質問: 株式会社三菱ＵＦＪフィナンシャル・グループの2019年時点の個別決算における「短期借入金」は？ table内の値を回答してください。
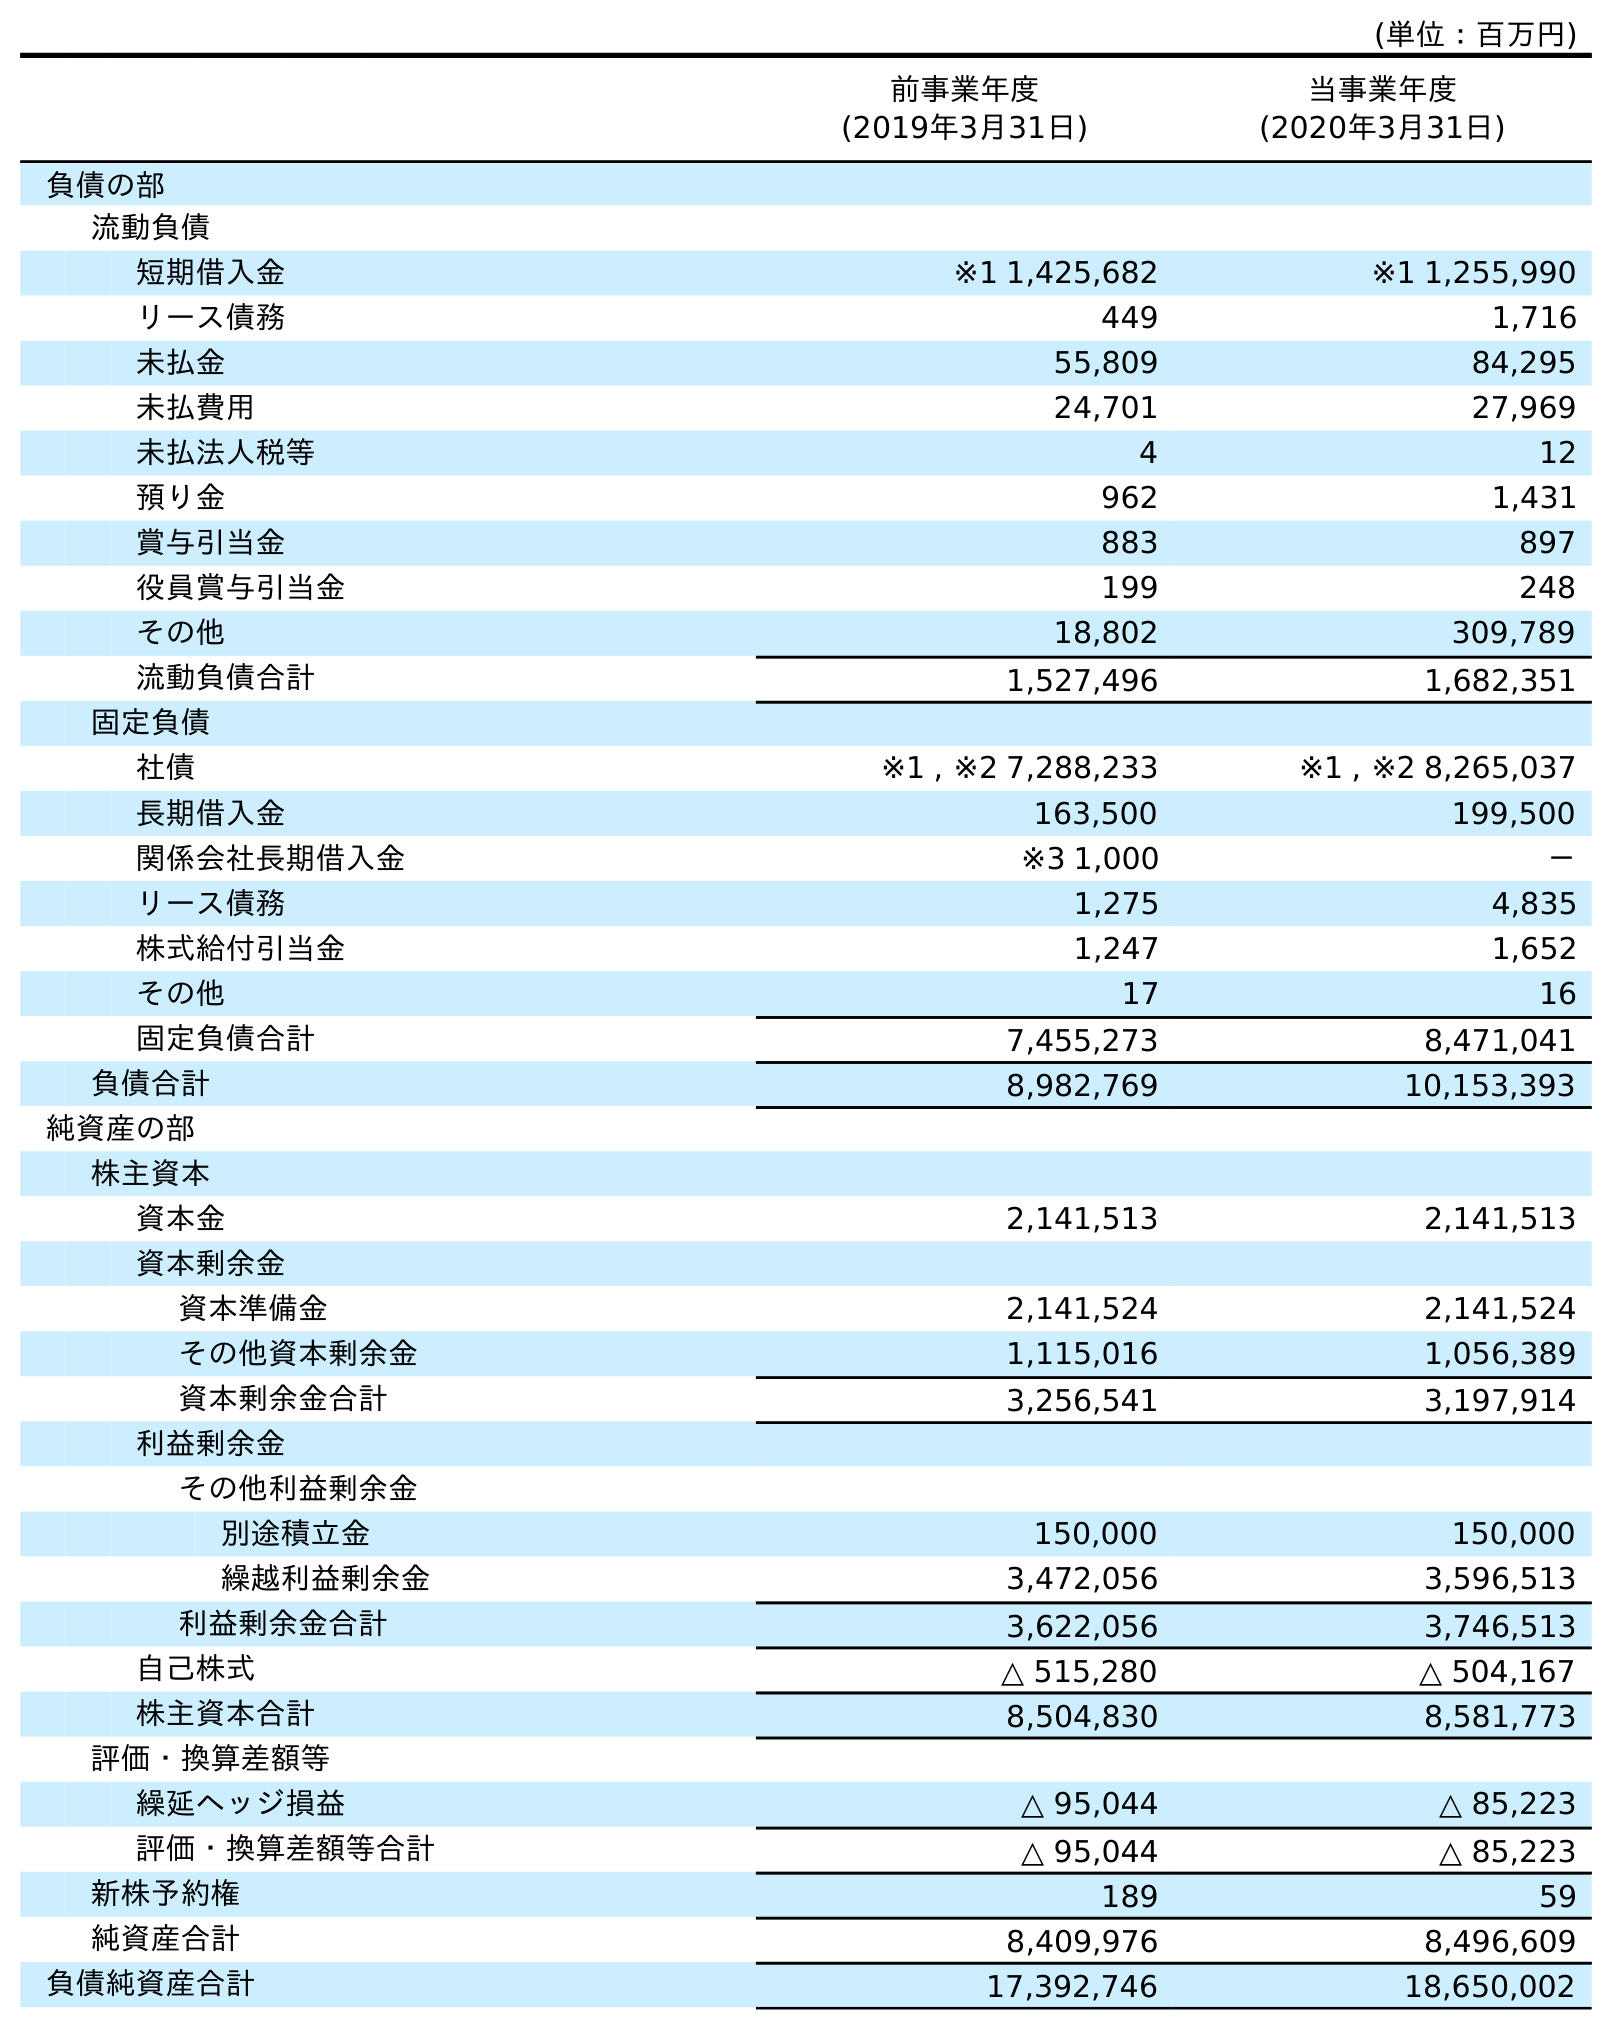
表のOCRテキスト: (単位：百万円) 前事業年度 (2019年3月31日) 当事業年度 (2020年3月31日) 負債の部 流動負債 短期借入金 ※1 1,425,682 ※1 1,255,990 リース債務 449 1,716 未払金 55,809 84,295 未払費用 24,701 27,969 未払法人税等 4 12 預り金 962 1,431 賞与引当金 883 897 役員賞与引当金 199 248 その他 18,802 309,789 流動負債合計 1,527,496 1,682,351 固定負債 社債 ※1 , ※2 7,288,233 ※1 , ※2 8,265,037 長期借入金 163,500 199,500 関係会社長期借入金 ※3 1,000 － リース債務 1,275 4,835 株式給付引当金 1,247 1,652 その他 17 16 固定負債合計 7,455,273 8,471,041 負債合計 8,982,769 10,153,393 純資産の部 株主資本 資本金 2,141,513 2,141,513 資本剰余金 資本準備金 2,141,524 2,141,524 その他資本剰余金 1,115,016 1,056,389 資本剰余金合計 3,256,541 3,197,914 利益剰余金 その他利益剰余金 別途積立金 150,000 150,000 繰越利益剰余金 3,472,056 3,596,513 利益剰余金合計 3,622,056 3,746,513 自己株式 △ 515,280 △ 504,167 株主資本合計 8,504,830 8,581,773 評価・換算差額等 繰延ヘッジ損益 △ 95,044 △ 85,223 評価・換算差額等合計 △ 95,044 △ 85,223 新株予約権 189 59 純資産合計 8,409,976 8,496,609 負債純資産合計 17,392,746 18,650,002
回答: ※11,425,682